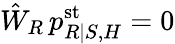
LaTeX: \hat{W}_{R}\, p_{R|S,H}^{\mathrm{st}}=0